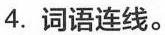
4.词语连线。